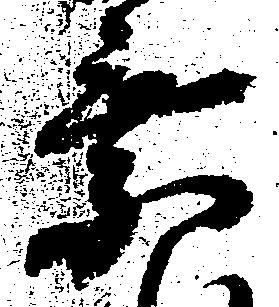
乗